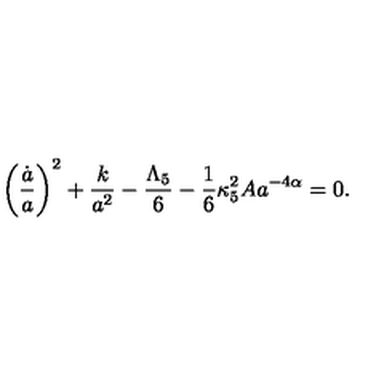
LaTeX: \left( \frac { \dot { a } } { a } \right) ^ { 2 } + \frac { k } { a ^ { 2 } } - \frac { \Lambda _ { 5 } } { 6 } - \frac { 1 } { 6 } \kappa _ { 5 } ^ { 2 } A a ^ { - 4 \alpha } = 0 .